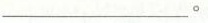
___。